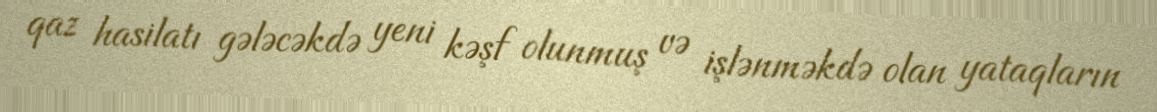
qaz hasilatı gələcəkdə yeni kəşf olunmuş və işlənməkdə olan yataqların